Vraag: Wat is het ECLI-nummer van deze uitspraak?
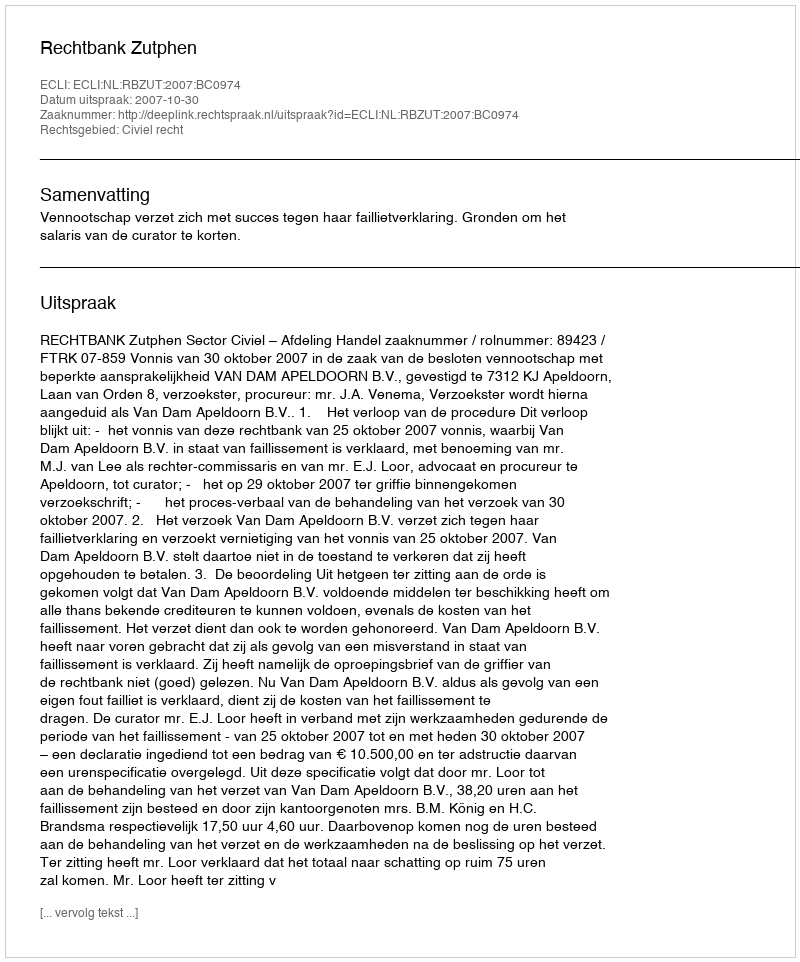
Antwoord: ECLI:NL:RBZUT:2007:BC0974